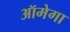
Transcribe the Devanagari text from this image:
ऑमेगा